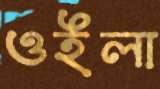
ওইলা